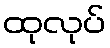
ထုလုပ်